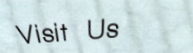
Visit Us